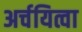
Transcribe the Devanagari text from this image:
अर्चयित्वा